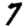
Digit: 7